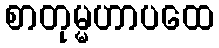
စာတုမ္မဟာပထေ